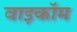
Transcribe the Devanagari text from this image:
वाइकॉम